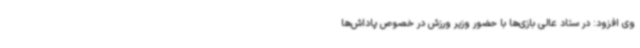
وی افزود: در ستاد عالی بازی‌ها با حضور وزیر ورزش در خصوص پاداش‌ها